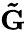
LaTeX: \mathbf{\tilde{G}}